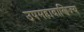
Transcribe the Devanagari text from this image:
उपमहावाणिज्य